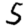
Digit: 5